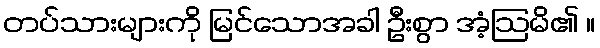
တပ်သားများကို မြင်သောအခါ ဦးစွာ အံ့ဩမိ၏ ။